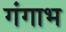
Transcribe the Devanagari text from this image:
गंगाभ